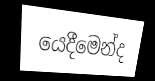
යෙදීමෙන්ද